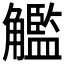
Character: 𧥈